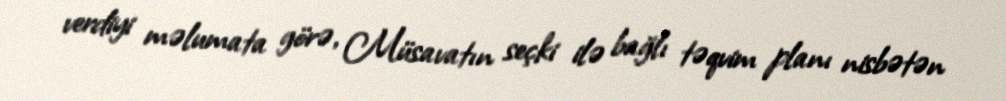
verdiyi məlumata görə, Müsavatın seçki ilə bağlı təqvim planı nisbətən